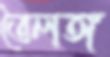
তৈলঙ্গ